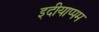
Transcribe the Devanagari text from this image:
इदीयाप्पम